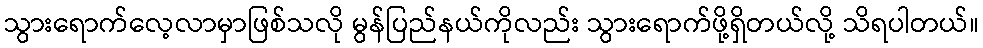
သွားရောက်လေ့လာမှာဖြစ်သလို မွန်ပြည်နယ်ကိုလည်း သွားရောက်ဖို့ရှိတယ်လို့ သိရပါတယ်။